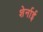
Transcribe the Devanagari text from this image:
शेर्नाई